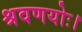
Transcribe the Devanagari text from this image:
श्रवणयोः।